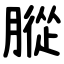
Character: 䐫